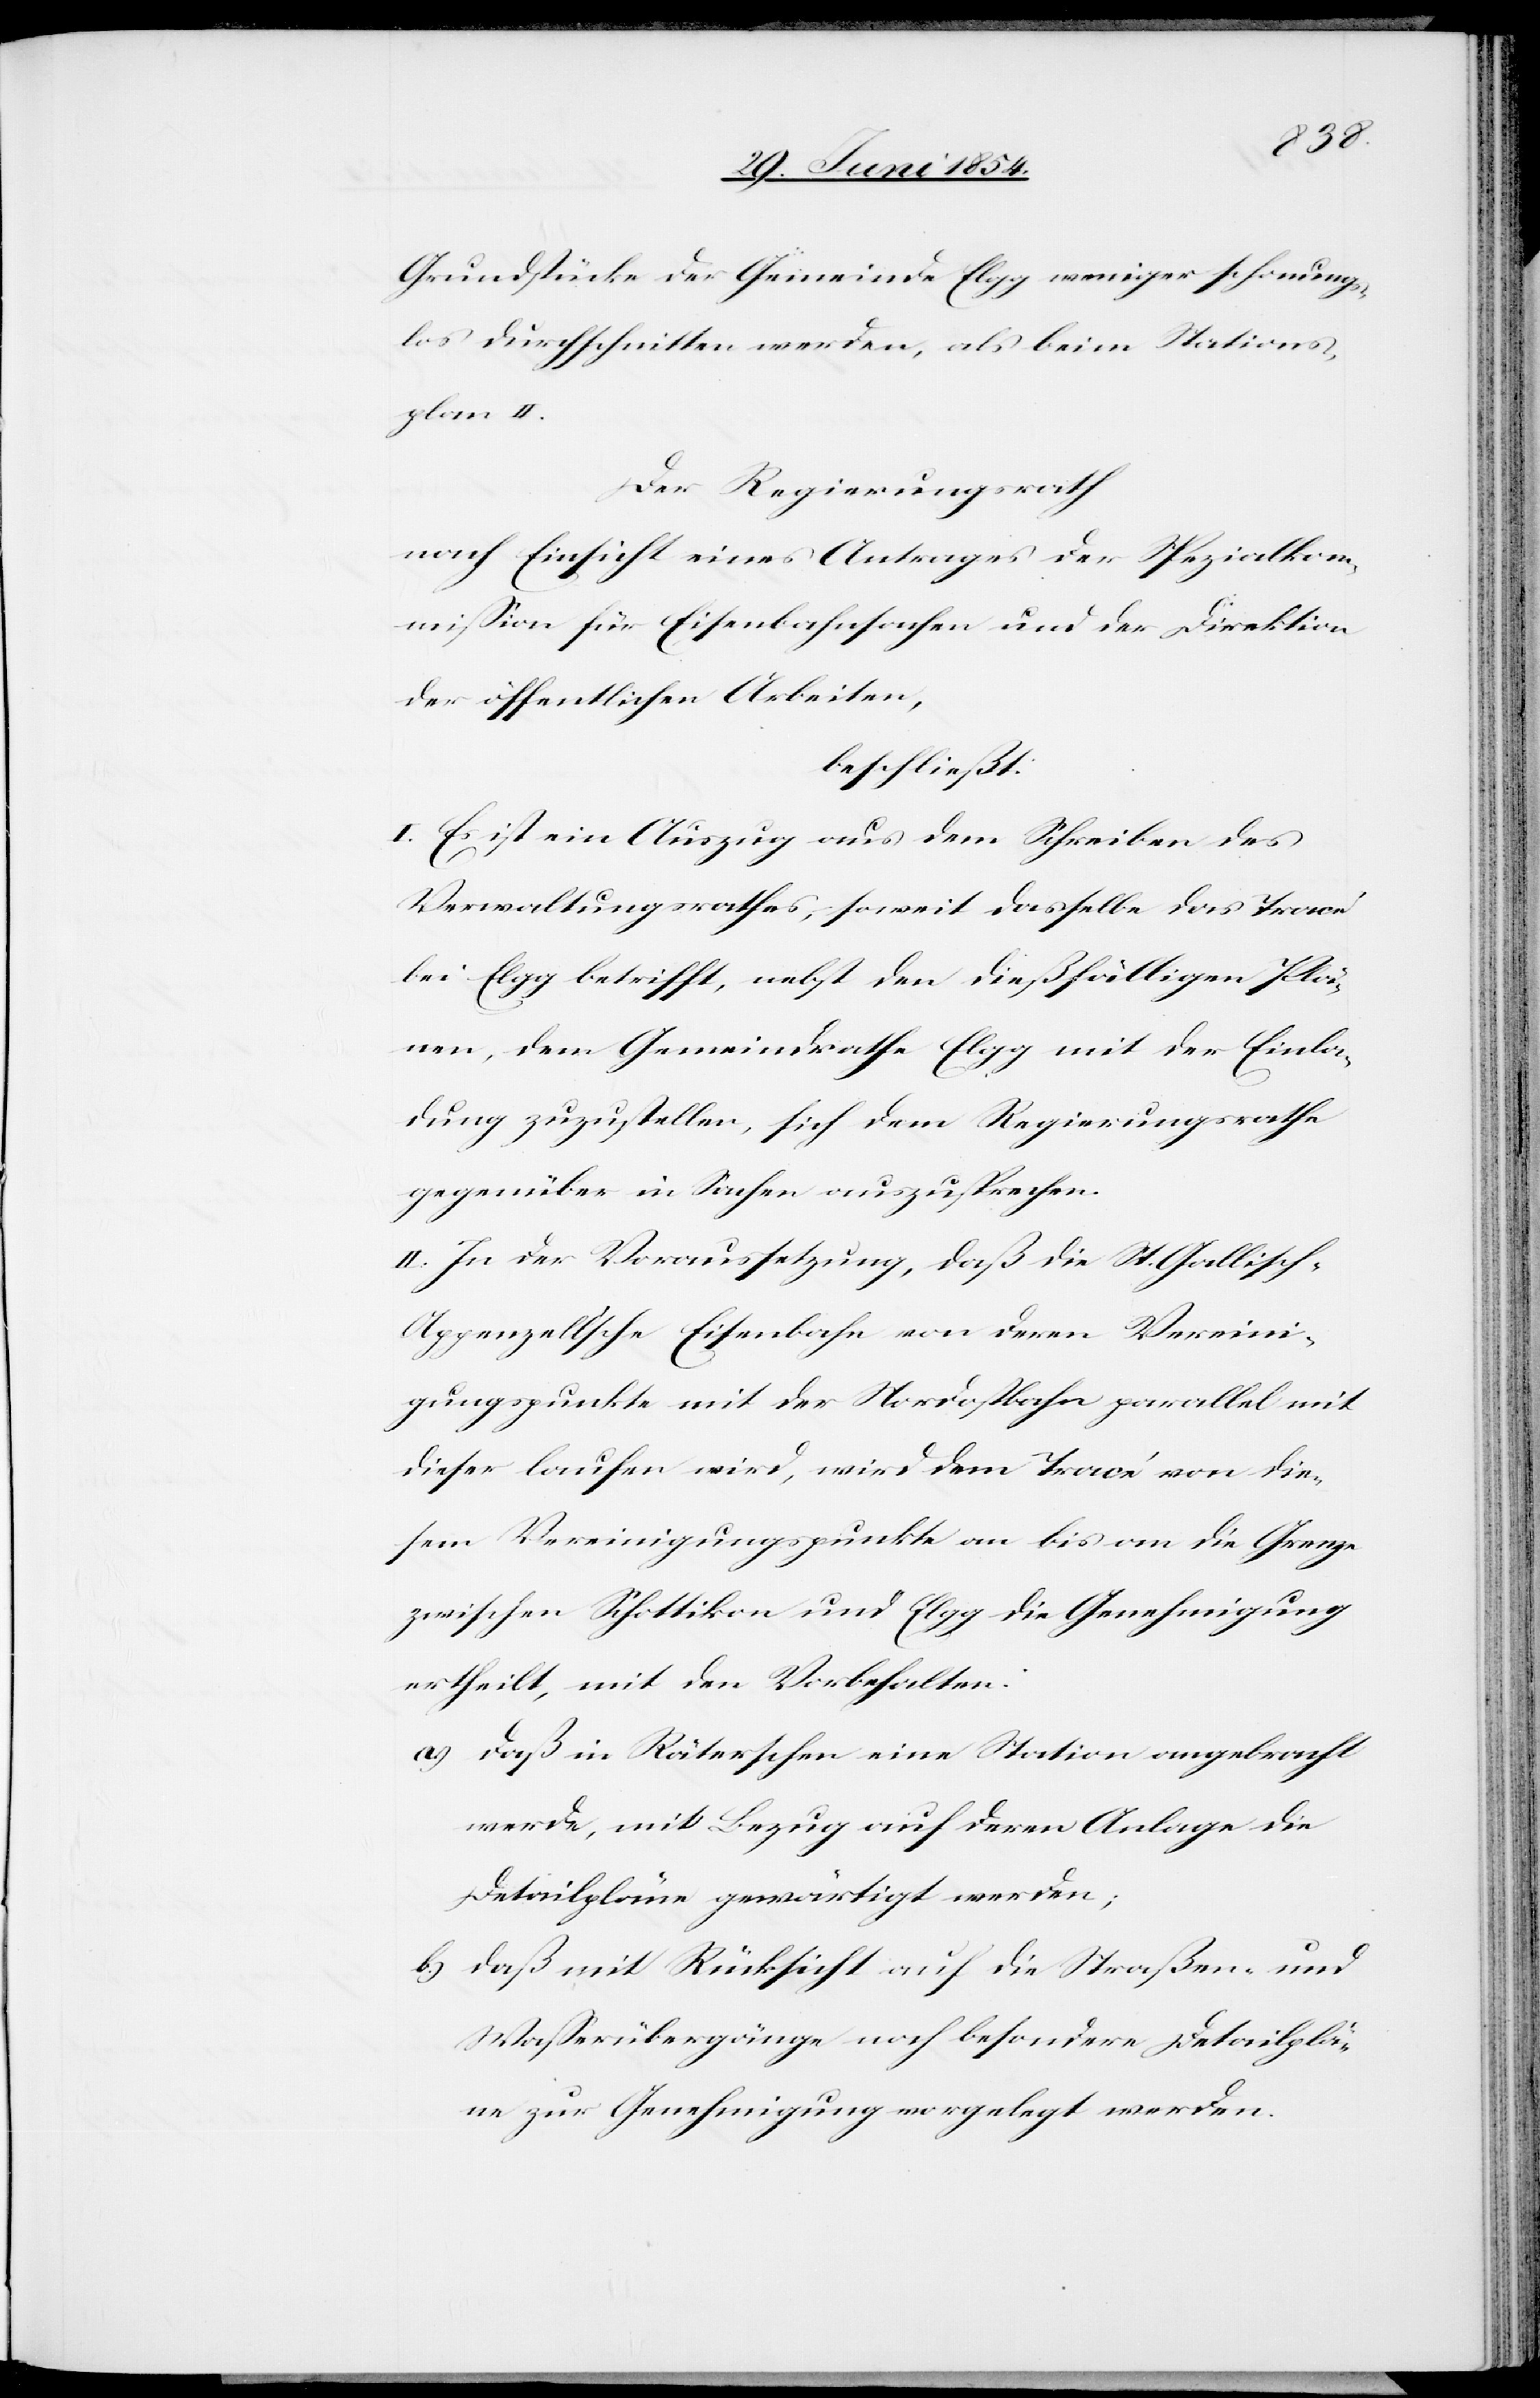
Grundstücke der Gemeinde Elgg weniger schonungs¬
los durchschnitten werden, als beim Stations¬
plan II.
Der Regierungsrath
nach Einsicht eines Antrages der Spezialkom¬
mißion für Eisenbahnsachen und der Direktion
der öffentlichen Arbeiten,
beschließt:
I. Es ist ein Auszug aus dem Schreiben des
Verwaltungsrathes, soweit dasselbe das Tracé
bei Elgg betrifft, nebst den dießfälligen Plä¬
nen, dem Gemeindrathe Elgg mit der Einla¬
dung zuzustellen, sich dem Regierungsrathe
gegenüber in Sachen auszusprechen.
II. In der Voraussetzung, daß die St. Gallisch-A¬
ppenzellische Eisenbahn von deren Vereini¬
gungspunkte mit der Nordostbahn parallel mit
dieser laufen wird, wird dem Tracé von die¬
sem Vereinigungspunkte an bis an die Grenze
zwischen Schottikon und Elgg die Genehmigung
ertheilt, mit den Vorbehalten:
a.) daß in Räterschen eine Station angebracht
werde, mit Bezug auf deren Anlage die
Detailpläne gewärtigt werden;
b.) daß mit Rücksicht auf die Straßen- und
Waßerübergänge noch besondere Detailplä¬
ne zur Genehmigung vorgelegt werden.